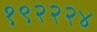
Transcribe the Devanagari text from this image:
१९२२२४